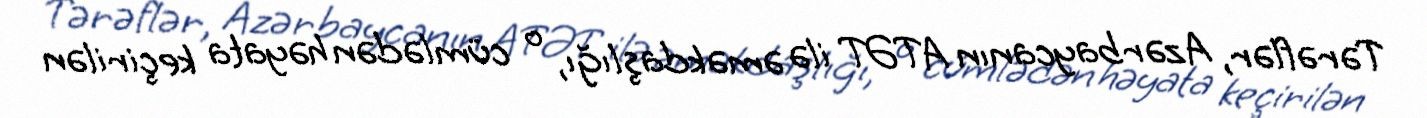
Tərəflər, Azərbaycanın ATƏT ilə əməkdaşlığı, o cümlədən həyata keçirilən